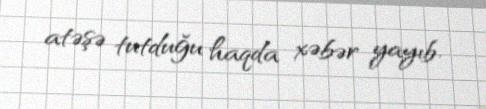
atəşə tutduğu haqda xəbər yayıb.